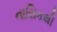
નાસિકથી